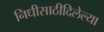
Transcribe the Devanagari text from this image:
निधीसाठीदिलेल्या